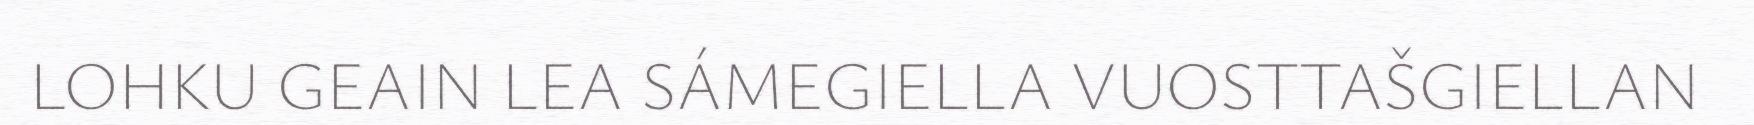
LOHKU GEAIN LEA SÁMEGIELLA VUOSTTAŠGIELLAN